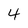
Character: 4